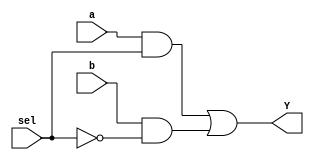
//2:1 Mux using structural modeling

module structural_mux(input a, b, sel, output Y);
  wire and1, and2, not1;

  not u1(not1, sel);
  and u2(and1, a, sel);
  and u3(and2, b, not1);
  or u4(Y, and1, and2);
  endmodule